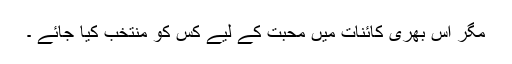
مگر اس بھری کائنات میں محبّت کے لیے کس کو منتخب کیا جائے ۔